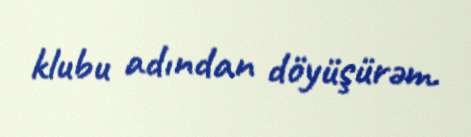
klubu adından döyüşürəm.